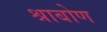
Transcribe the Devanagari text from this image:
श्राबोण